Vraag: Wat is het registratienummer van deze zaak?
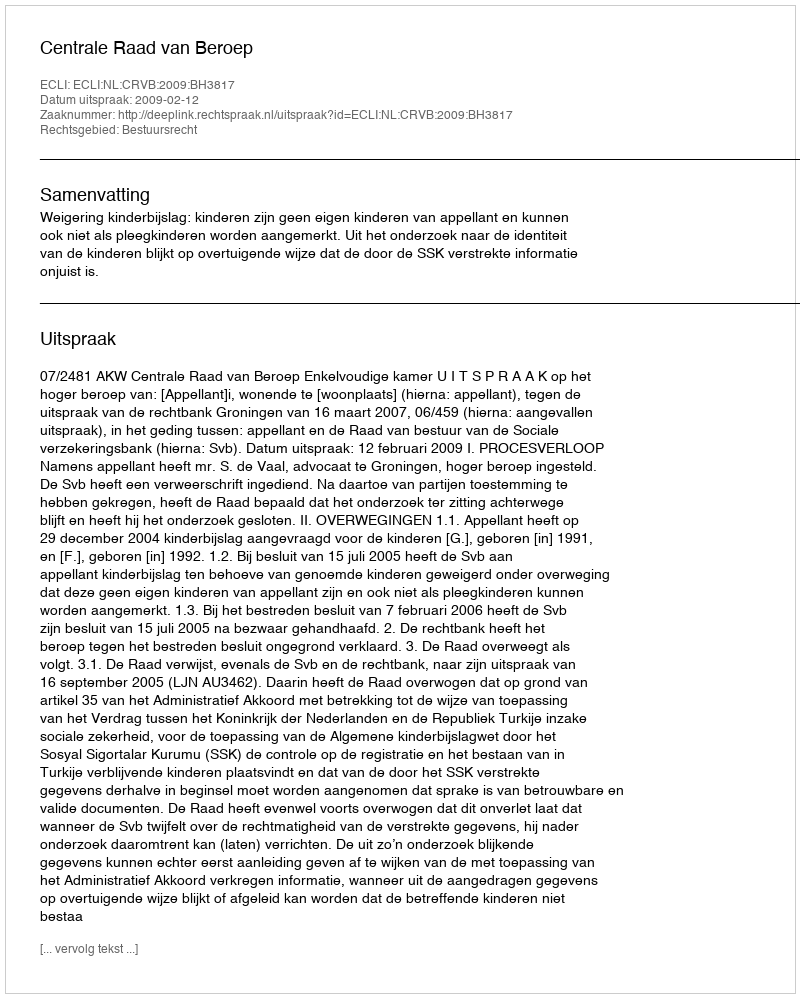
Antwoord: http://deeplink.rechtspraak.nl/uitspraak?id=ECLI:NL:CRVB:2009:BH3817